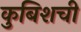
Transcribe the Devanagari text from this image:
कुबिशची